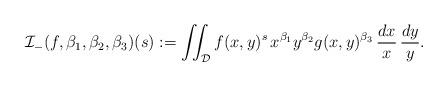
LaTeX: \begin{align*}\mathcal{I}_{-}(f,\beta_1,\beta_2,\beta_3)(s):=\int\!\!\!\int_{\mathcal{D}} f(x,y)^s\, x^{\beta_1} y^{ \beta_2}g(x,y)^{\beta_3}\, \frac{dx}{x}\, \frac{dy}{y}.\end{align*}